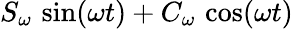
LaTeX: S_{\omega}\, \sin(\omega t)+C_{\omega}\, \cos(\omega t)